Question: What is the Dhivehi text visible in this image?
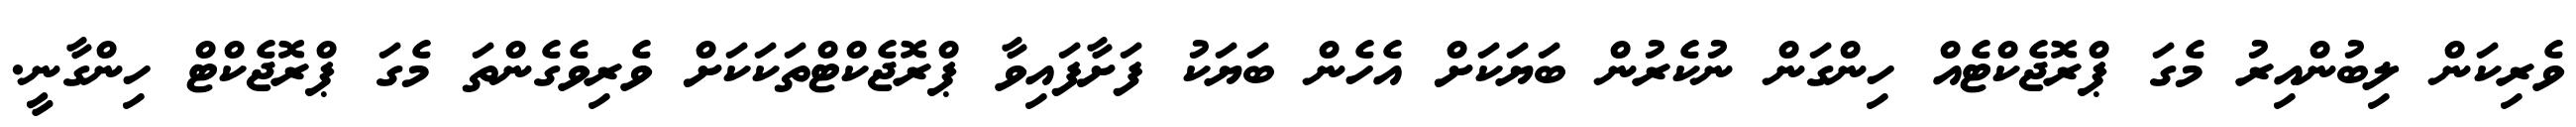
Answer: ވެރިކަން ލިބުންއިރު މެގަ ޕްރޮޖެކްޓެއް ހިންގަން ނުކެރުން ބަޔަކަށް އެހެން ބަޔަކު ފަށާފައިވާ ޕްރޮޖެކްޓްތަކަކަށް ވެރިވެގެންތަ މެގަ ޕްރޮޖެކްޓް ހިންގާނީ.